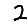
Digit: 2